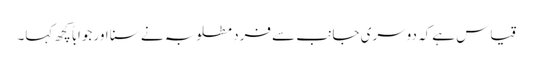
قیاس ہےکہ دوسری جانب سے فردِ مطلوبہ نے سنا اور جواباً کچھ کہا۔